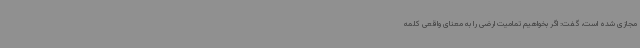
مجازی شده است، گفت: اگر بخواهیم تمامیت ارضی را به معنای واقعی کلمه